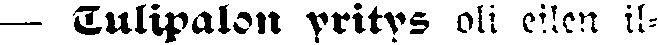
— Tulipalon yritys oli eilen il-